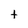
Character: t